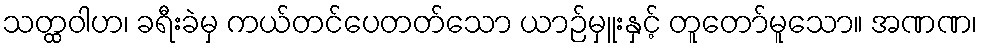
သတ္ထဝါဟ၊ ခရီးခဲမှ ကယ်တင်ပေတတ်သော ယာဉ်မှူးနှင့် တူတော်မူသော။ အဏဏ၊